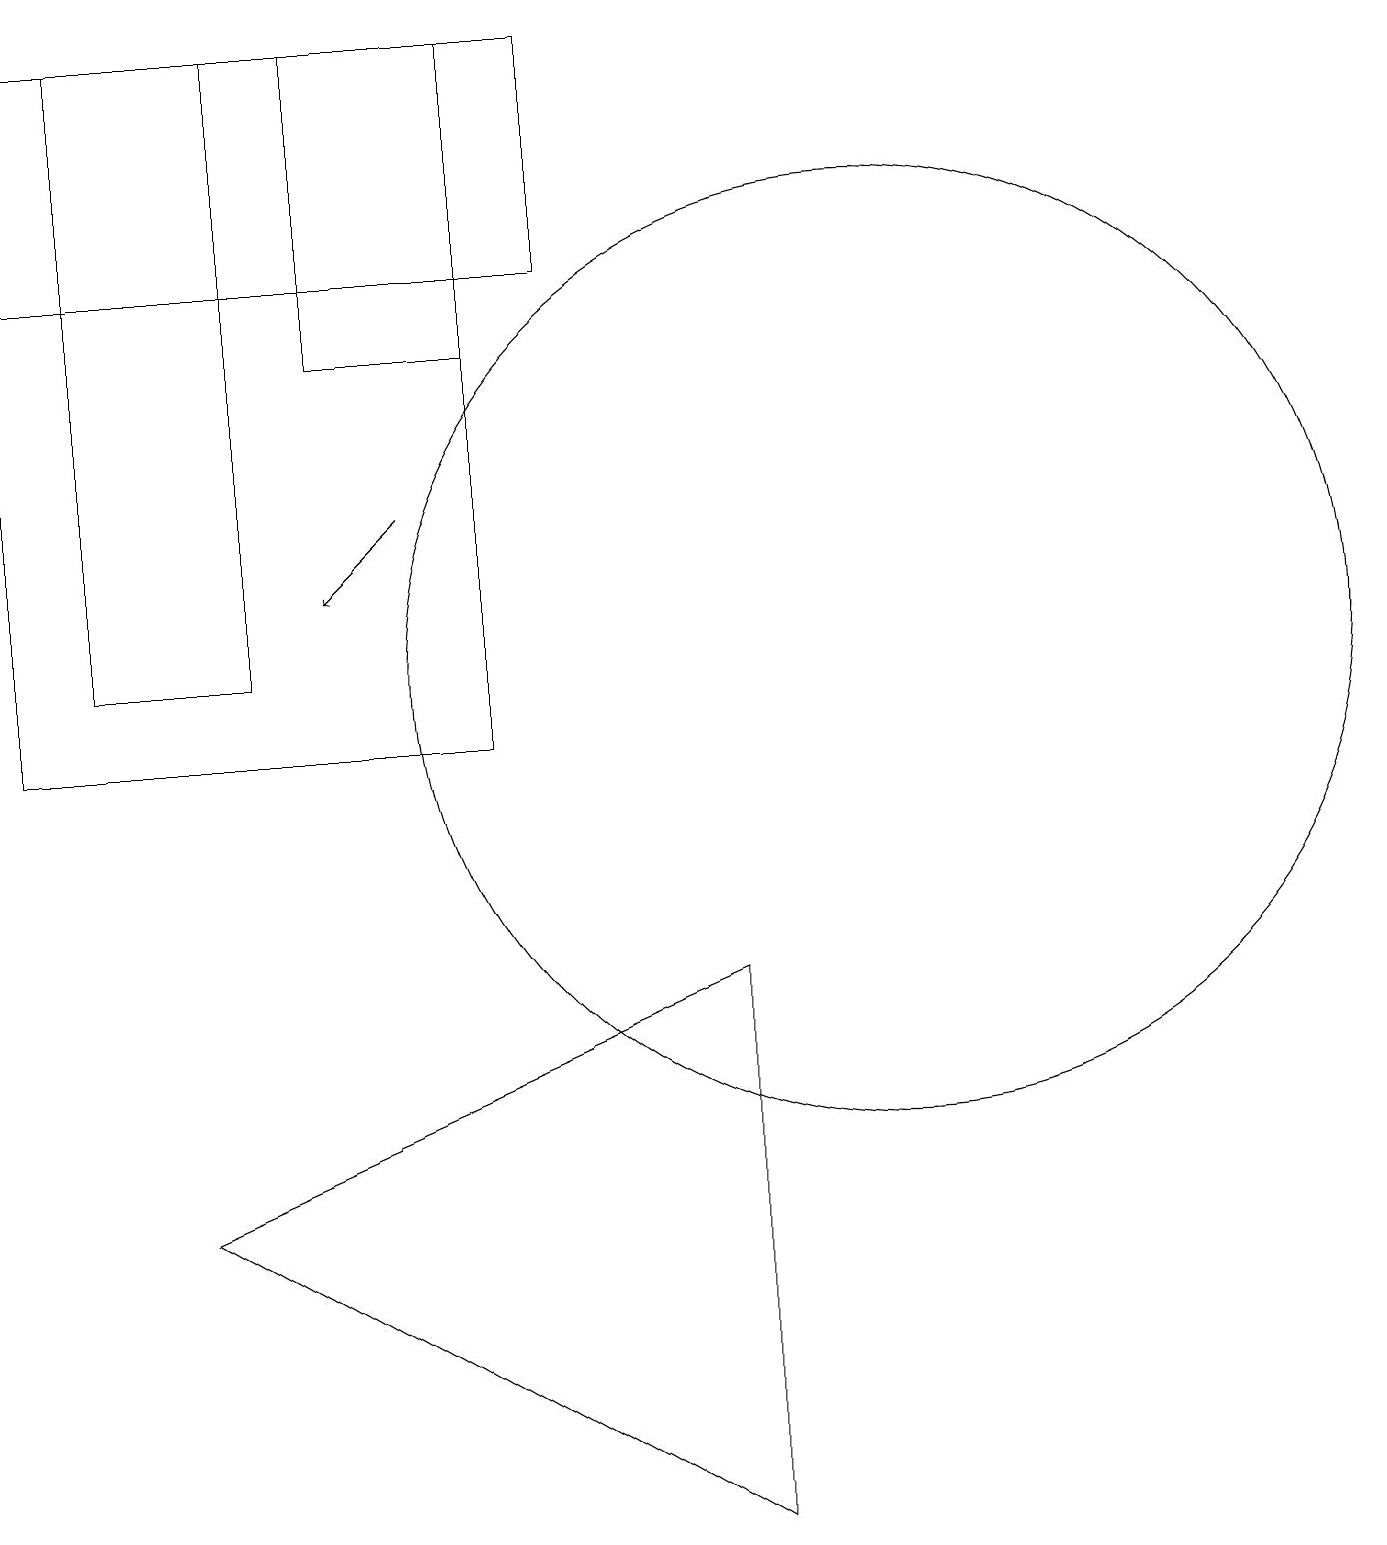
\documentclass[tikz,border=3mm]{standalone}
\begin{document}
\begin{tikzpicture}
\draw (11,11) circle (6);
\draw (1,19) rectangle (3,11);
\draw (6,16) rectangle (0,10);
\draw (2,4) -- (9,7) -- (9,0) -- cycle;
\draw (0,16) rectangle (7,19);
\draw[->] (5,13) -- (4,12);
\draw (6,19) rectangle (4,15);
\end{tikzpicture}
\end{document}